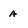
Character: A